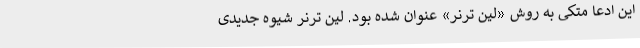
این ادعا متکی به روش «لین ترنر» عنوان شده بود. لین ترنر شیوه جدیدی